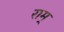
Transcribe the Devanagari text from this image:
राम्‌